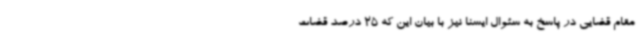
مقام قضایی در پاسخ به سئوال ایسنا نیز با بیان این که 25 درصد قضات